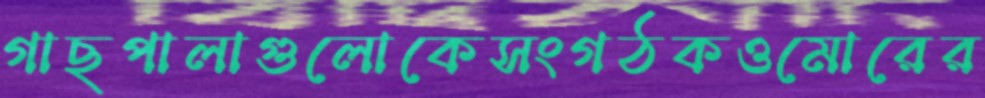
গাছপালাগুলোকেসংগঠকওমোরের